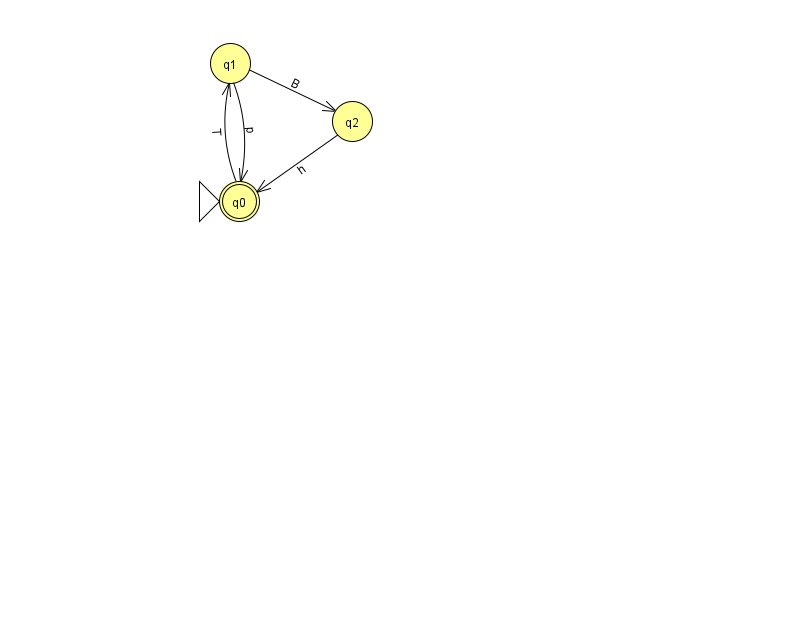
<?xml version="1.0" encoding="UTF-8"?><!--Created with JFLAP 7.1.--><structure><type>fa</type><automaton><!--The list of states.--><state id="0" name="q0"><x>239.0</x><y>188.0</y><initial/><final/></state><state id="1" name="q1"><x>230.0</x><y>50.0</y></state><state id="2" name="q2"><x>352.0</x><y>108.0</y></state><!--The list of transitions.--><transition><from>1</from><to>2</to><read>B</read></transition><transition><from>2</from><to>0</to><read>h</read></transition><transition><from>1</from><to>0</to><read>p</read></transition><transition><from>0</from><to>1</to><read>T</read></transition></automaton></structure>